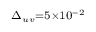
\scriptstyle \Delta _ { u v } = 5 \times 1 0 ^ { - 2 }